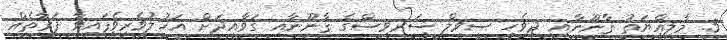
5. މާލިއްޔަތު ޤާނޫނާއި ދިވެހި ސިވިލް ސަރވިސްގެ ޤާނޫނާއި ގަވާއިދަށް އަހުލުވެރިވެފައިވާ ފަރާތެއް